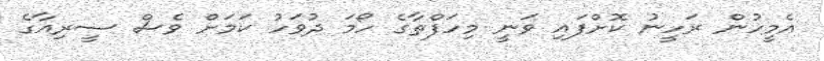
އެމީހުން ރަހީނު ކޮށްފައި ވަނީ މިހަފްތާގެ ހޯމަ ދުވަހު ކަމަށް ވެސް ސީރިއާގެ